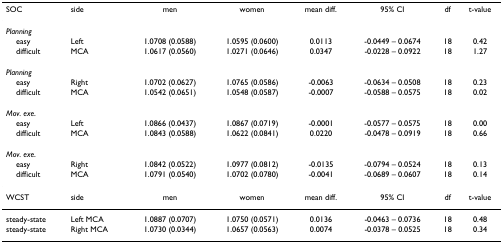
<table><thead><tr><td><b>SOC</b></td><td><b>side</b></td><td><b>men</b></td><td><b>women</b></td><td><b>mean diff.</b></td><td><b>95% CI</b></td><td><b>df</b></td><td><b>t-value</b></td></tr></thead><tbody><tr><td><i>Planning</i></td><td>[EMPTY_CELL]</td><td>[EMPTY_CELL]</td><td>[EMPTY_CELL]</td><td>[EMPTY_CELL]</td><td>[EMPTY_CELL]</td><td>[EMPTY_CELL]</td><td>[EMPTY_CELL]</td></tr><tr><td> easy</td><td>Left</td><td>1.0708 (0.0588)</td><td>1.0595 (0.0600)</td><td>0.0113</td><td>-0.0449 – 0.0674</td><td>18</td><td>0.42</td></tr><tr><td> difficult</td><td>MCA</td><td>1.0617 (0.0560)</td><td>1.0271 (0.0646)</td><td>0.0347</td><td>-0.0228 – 0.0922</td><td>18</td><td>1.27</td></tr><tr><td><i>Planning</i></td><td>[EMPTY_CELL]</td><td>[EMPTY_CELL]</td><td>[EMPTY_CELL]</td><td>[EMPTY_CELL]</td><td>[EMPTY_CELL]</td><td>[EMPTY_CELL]</td><td>[EMPTY_CELL]</td></tr><tr><td> easy</td><td>Right</td><td>1.0702 (0.0627)</td><td>1.0765 (0.0586)</td><td>-0.0063</td><td>-0.0634 – 0.0508</td><td>18</td><td>0.23</td></tr><tr><td> difficult</td><td>MCA</td><td>1.0542 (0.0651)</td><td>1.0548 (0.0587)</td><td>-0.0007</td><td>-0.0588 – 0.0575</td><td>18</td><td>0.02</td></tr><tr><td><i>Mov. exe</i>.</td><td>[EMPTY_CELL]</td><td>[EMPTY_CELL]</td><td>[EMPTY_CELL]</td><td>[EMPTY_CELL]</td><td>[EMPTY_CELL]</td><td>[EMPTY_CELL]</td><td>[EMPTY_CELL]</td></tr><tr><td> easy</td><td>Left</td><td>1.0866 (0.0437)</td><td>1.0867 (0.0719)</td><td>-0.0001</td><td>-0.0577 – 0.0575</td><td>18</td><td>0.00</td></tr><tr><td> difficult</td><td>MCA</td><td>1.0843 (0.0588)</td><td>1.0622 (0.0841)</td><td>0.0220</td><td>-0.0478 – 0.0919</td><td>18</td><td>0.66</td></tr><tr><td><i>Mov. exe</i>.</td><td>[EMPTY_CELL]</td><td>[EMPTY_CELL]</td><td>[EMPTY_CELL]</td><td>[EMPTY_CELL]</td><td>[EMPTY_CELL]</td><td>[EMPTY_CELL]</td><td>[EMPTY_CELL]</td></tr><tr><td> easy</td><td>Right</td><td>1.0842 (0.0522)</td><td>1.0977 (0.0812)</td><td>-0.0135</td><td>-0.0794 – 0.0524</td><td>18</td><td>0.13</td></tr><tr><td> difficult</td><td>MCA</td><td>1.0791 (0.0540)</td><td>1.0702 (0.0780)</td><td>-0.0041</td><td>-0.0689 – 0.0607</td><td>18</td><td>0.14</td></tr><tr><td>WCST</td><td>side</td><td>men</td><td>women</td><td>mean diff.</td><td>95% CI</td><td>df</td><td>t-value</td></tr><tr><td>steady-state</td><td>Left MCA</td><td>1.0887 (0.0707)</td><td>1.0750 (0.0571)</td><td>0.0136</td><td>-0.0463 – 0.0736</td><td>18</td><td>0.48</td></tr><tr><td>steady-state</td><td>Right MCA</td><td>1.0730 (0.0344)</td><td>1.0657 (0.0563)</td><td>0.0074</td><td>-0.0378 – 0.0525</td><td>18</td><td>0.34</td></tr></tbody></table>